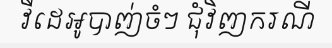
វីដេអូបាញ់ចំៗ ជុំវិញករណី